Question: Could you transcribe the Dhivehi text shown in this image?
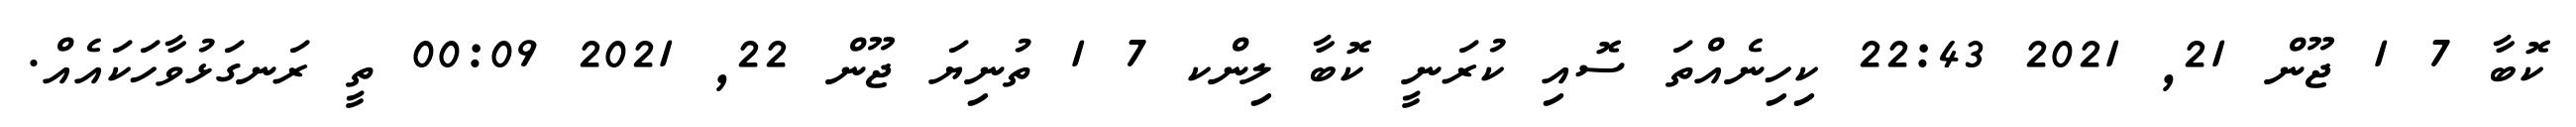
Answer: ކޮބާ 7 1 ޖޫން 21, 2021 22:43 ކިހިނެއްތަ ސޮއި ކުރަނީ ކޮބާ ލިންކ 7 1 ތުނިޔަ ޖޫން 22, 2021 00:09 ތީ ރަނގަޅުވާހަކައެއް.